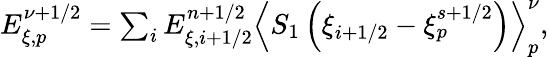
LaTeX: \begin{array}{r}{E_{\xi,p}^{\nu+1/2}=\sum_{i}E_{\xi,i+1/2}^{n+1/2}\left\langle{{S_{1}}}\left({\xi}_{i+1/2}-{\xi}_{p}^{s+1/2}\right)\right\rangle_{p}^{\nu},}\end{array}